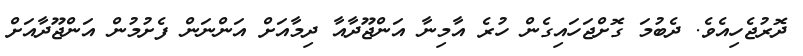
ދޮރުޖެހިއެވެ. ދެބުމަ ގޮށްޖަހައިގެން ހުރެ އާމިނާ އަންޖޫދާއާ ދިމާއަށް އަންނަން ފެށުމުން އަންޖޫދާއަށް